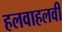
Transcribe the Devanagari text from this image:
हलवाहलवी